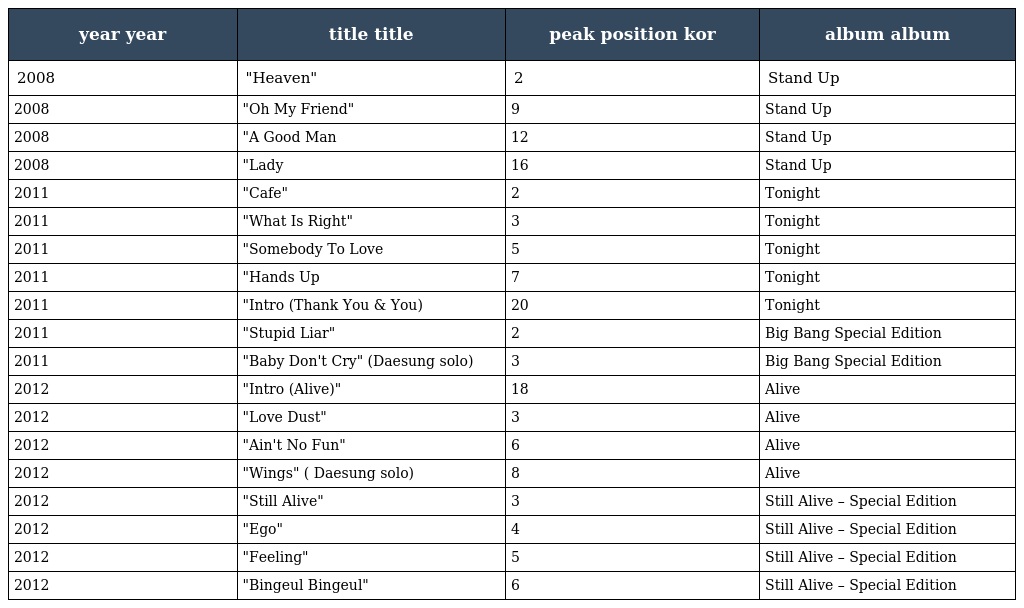
| year year | title title | peak position kor | album album |
 | --- | --- | --- | --- |
 | 2008 | "Heaven" | 2 | Stand Up |
 | 2008 | "Oh My Friend" | 9 | Stand Up |
 | 2008 | "A Good Man | 12 | Stand Up |
 | 2008 | "Lady | 16 | Stand Up |
 | 2011 | "Cafe" | 2 | Tonight |
 | 2011 | "What Is Right" | 3 | Tonight |
 | 2011 | "Somebody To Love | 5 | Tonight |
 | 2011 | "Hands Up | 7 | Tonight |
 | 2011 | "Intro (Thank You & You) | 20 | Tonight |
 | 2011 | "Stupid Liar" | 2 | Big Bang Special Edition |
 | 2011 | "Baby Don't Cry" (Daesung solo) | 3 | Big Bang Special Edition |
 | 2012 | "Intro (Alive)" | 18 | Alive |
 | 2012 | "Love Dust" | 3 | Alive |
 | 2012 | "Ain't No Fun" | 6 | Alive |
 | 2012 | "Wings" ( Daesung solo) | 8 | Alive |
 | 2012 | "Still Alive" | 3 | Still Alive – Special Edition |
 | 2012 | "Ego" | 4 | Still Alive – Special Edition |
 | 2012 | "Feeling" | 5 | Still Alive – Special Edition |
 | 2012 | "Bingeul Bingeul" | 6 | Still Alive – Special Edition |